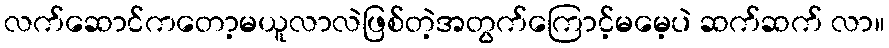
လက်ဆောင်ကတော့မယူလာလဲဖြစ်တဲ့အတွက်ကြောင့်မမေ့ပဲ ဆက်ဆက် လာ။